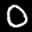
Label: 0